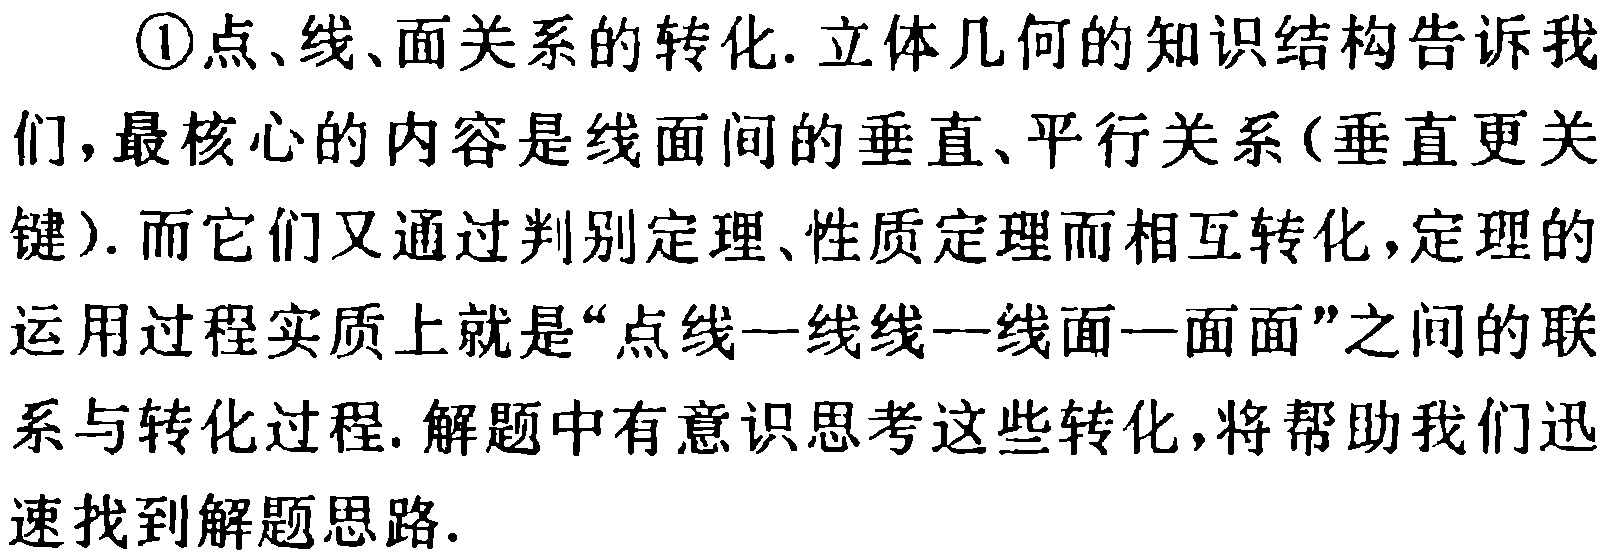
\textcircled{1}点、线、面关系的转化. 立体几何的知识结构告诉我们，最核心的内容是线面间的垂直、平行关系(垂直更关键). 而它们又通过判别定理、性质定理而相互转化，定理的运用过程实质上就是“点线—线线—线面—面面”之间的联系与转化过程. 解题中有意识思考这些转化，将帮助我们迅速找到解题思路.